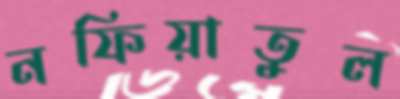
নফিয়াতুল